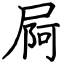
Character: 屙